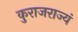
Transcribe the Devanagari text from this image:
कुराजराज्यं